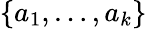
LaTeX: \{ a_{1},\ldots,a_{k}\}